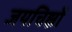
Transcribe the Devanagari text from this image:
जयचिह्नों